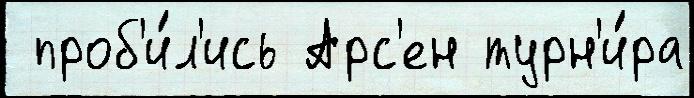
 проб'и́л'ись Арс'ен турн'и́ра